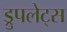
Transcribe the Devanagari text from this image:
ड्रुपलेट्स